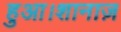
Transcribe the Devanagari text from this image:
हुआ।शानाज़